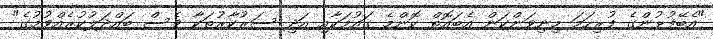
"އެބޭފުޅުންގެ ފުރިހަމަ މިނިވަންކަން އެބައޮތް ކޮންމެ ގައުމަކާއި އަދި ސަރުކާރުތަކާ ވެސް ބައްދަލުކުރެއްވުމުގެ"